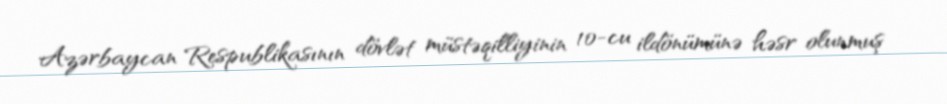
Azərbaycan Respublikasının dövlət müstəqilliyinin 10-cu ildönümünə həsr olunmuş